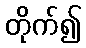
တိုက်၍